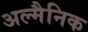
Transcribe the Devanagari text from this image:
अल्मैनिक